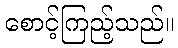
စောင့်ကြည့်သည်။